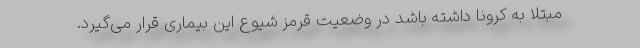
مبتلا به کرونا داشته باشد در وضعیت قرمز شیوع این بیماری قرار می‌گیرد.